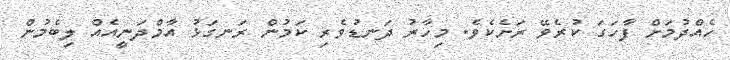
ހެއްދުމަށް ފާހަގަ ކުރެވޭ ރަށެކެވެ. މިހާރު ދަނޑުވެރި ކަމުން ރަނގަޅު އާމްދަނީއެއް ލިބެމުން